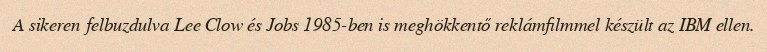
A sikeren felbuzdulva Lee Clow és Jobs 1985-ben is meghökkentő reklámfilmmel készült az IBM ellen.